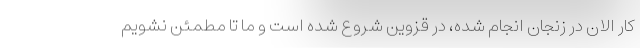
کار الان در زنجان انجام شده، در قزوین شروع شده است و ما تا مطمئن نشویم